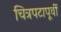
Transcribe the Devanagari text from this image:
चित्रपटापूर्वी